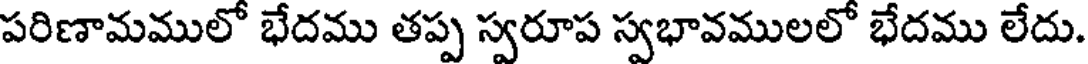
పరిణామములో భేదము తప్ప స్వరూప స్వభావములలో భేదము లేదు.